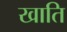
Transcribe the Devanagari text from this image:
खाति